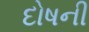
દોષની